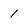
Character: 1